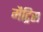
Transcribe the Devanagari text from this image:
मैट्रिस